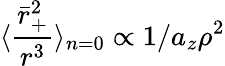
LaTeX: \langle\frac{\bar{r}_{+}^{2}}{r^{3}}\rangle_{n=0}\propto 1/a_{z}\rho^{2}